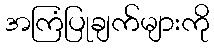
အကြံပြုချက်များကို